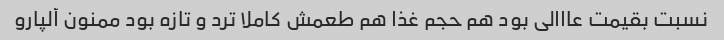
نسبت بقیمت عااالى بود هم حجم غذا هم طعمش کاملا ترد و تازه بود ممنون آلپارو